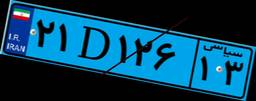
۲۱D۱۲۶۱۳